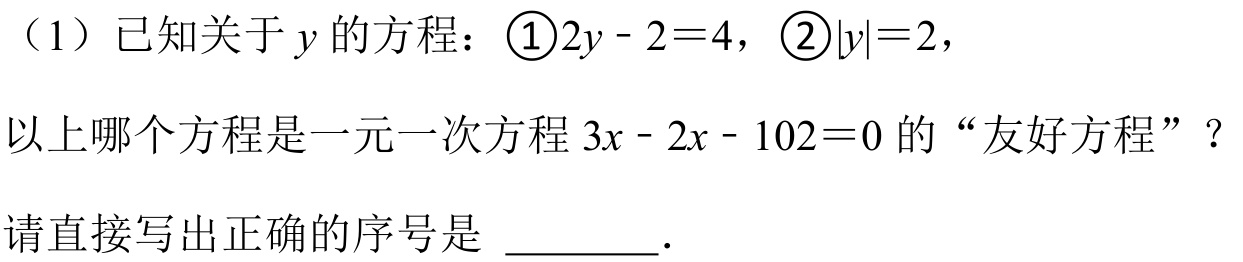
（1）已知关于\(y\)的方程：\textcircled{1}\(2y - 2 = 4\)，\textcircled{2}\(\vert y\vert=2\)，
以上哪个方程是一元一次方程\(3x - 2x - 102 = 0\)的“友好方程” ？
请直接写出正确的序号是 \_\_\_\_\_．